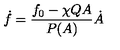
\dot { f } = \frac { f _ { 0 } - \chi Q A } { P ( A ) } \dot { A }